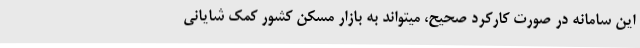
این سامانه در صورت کارکرد صحیح، میتواند به بازار مسکن کشور کمک شایانی